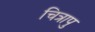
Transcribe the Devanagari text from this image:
चित्रापु